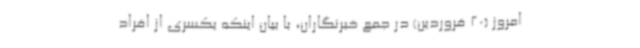
امروز (20 فروردین) در جمع خبرنگاران، با بیان اینکه یکسری از افراد